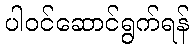
ပါဝင်ဆောင်ရွက်ရန်